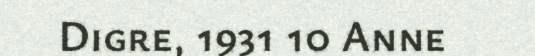
Digre, 1931 10 Anne